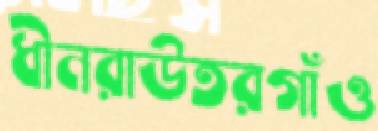
ধীনরাউতরগাঁও